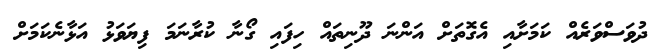
ދުވަސްވަރެއް ކަމަށާއި އެގޮތަށް އަންނަ ދޫނިތައް ހިފައި ގޯނާ ކުރާނަމަ ފިޔަވަޅު އަޅާނެކަމަށް